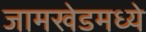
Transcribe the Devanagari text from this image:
जामखेडमध्ये